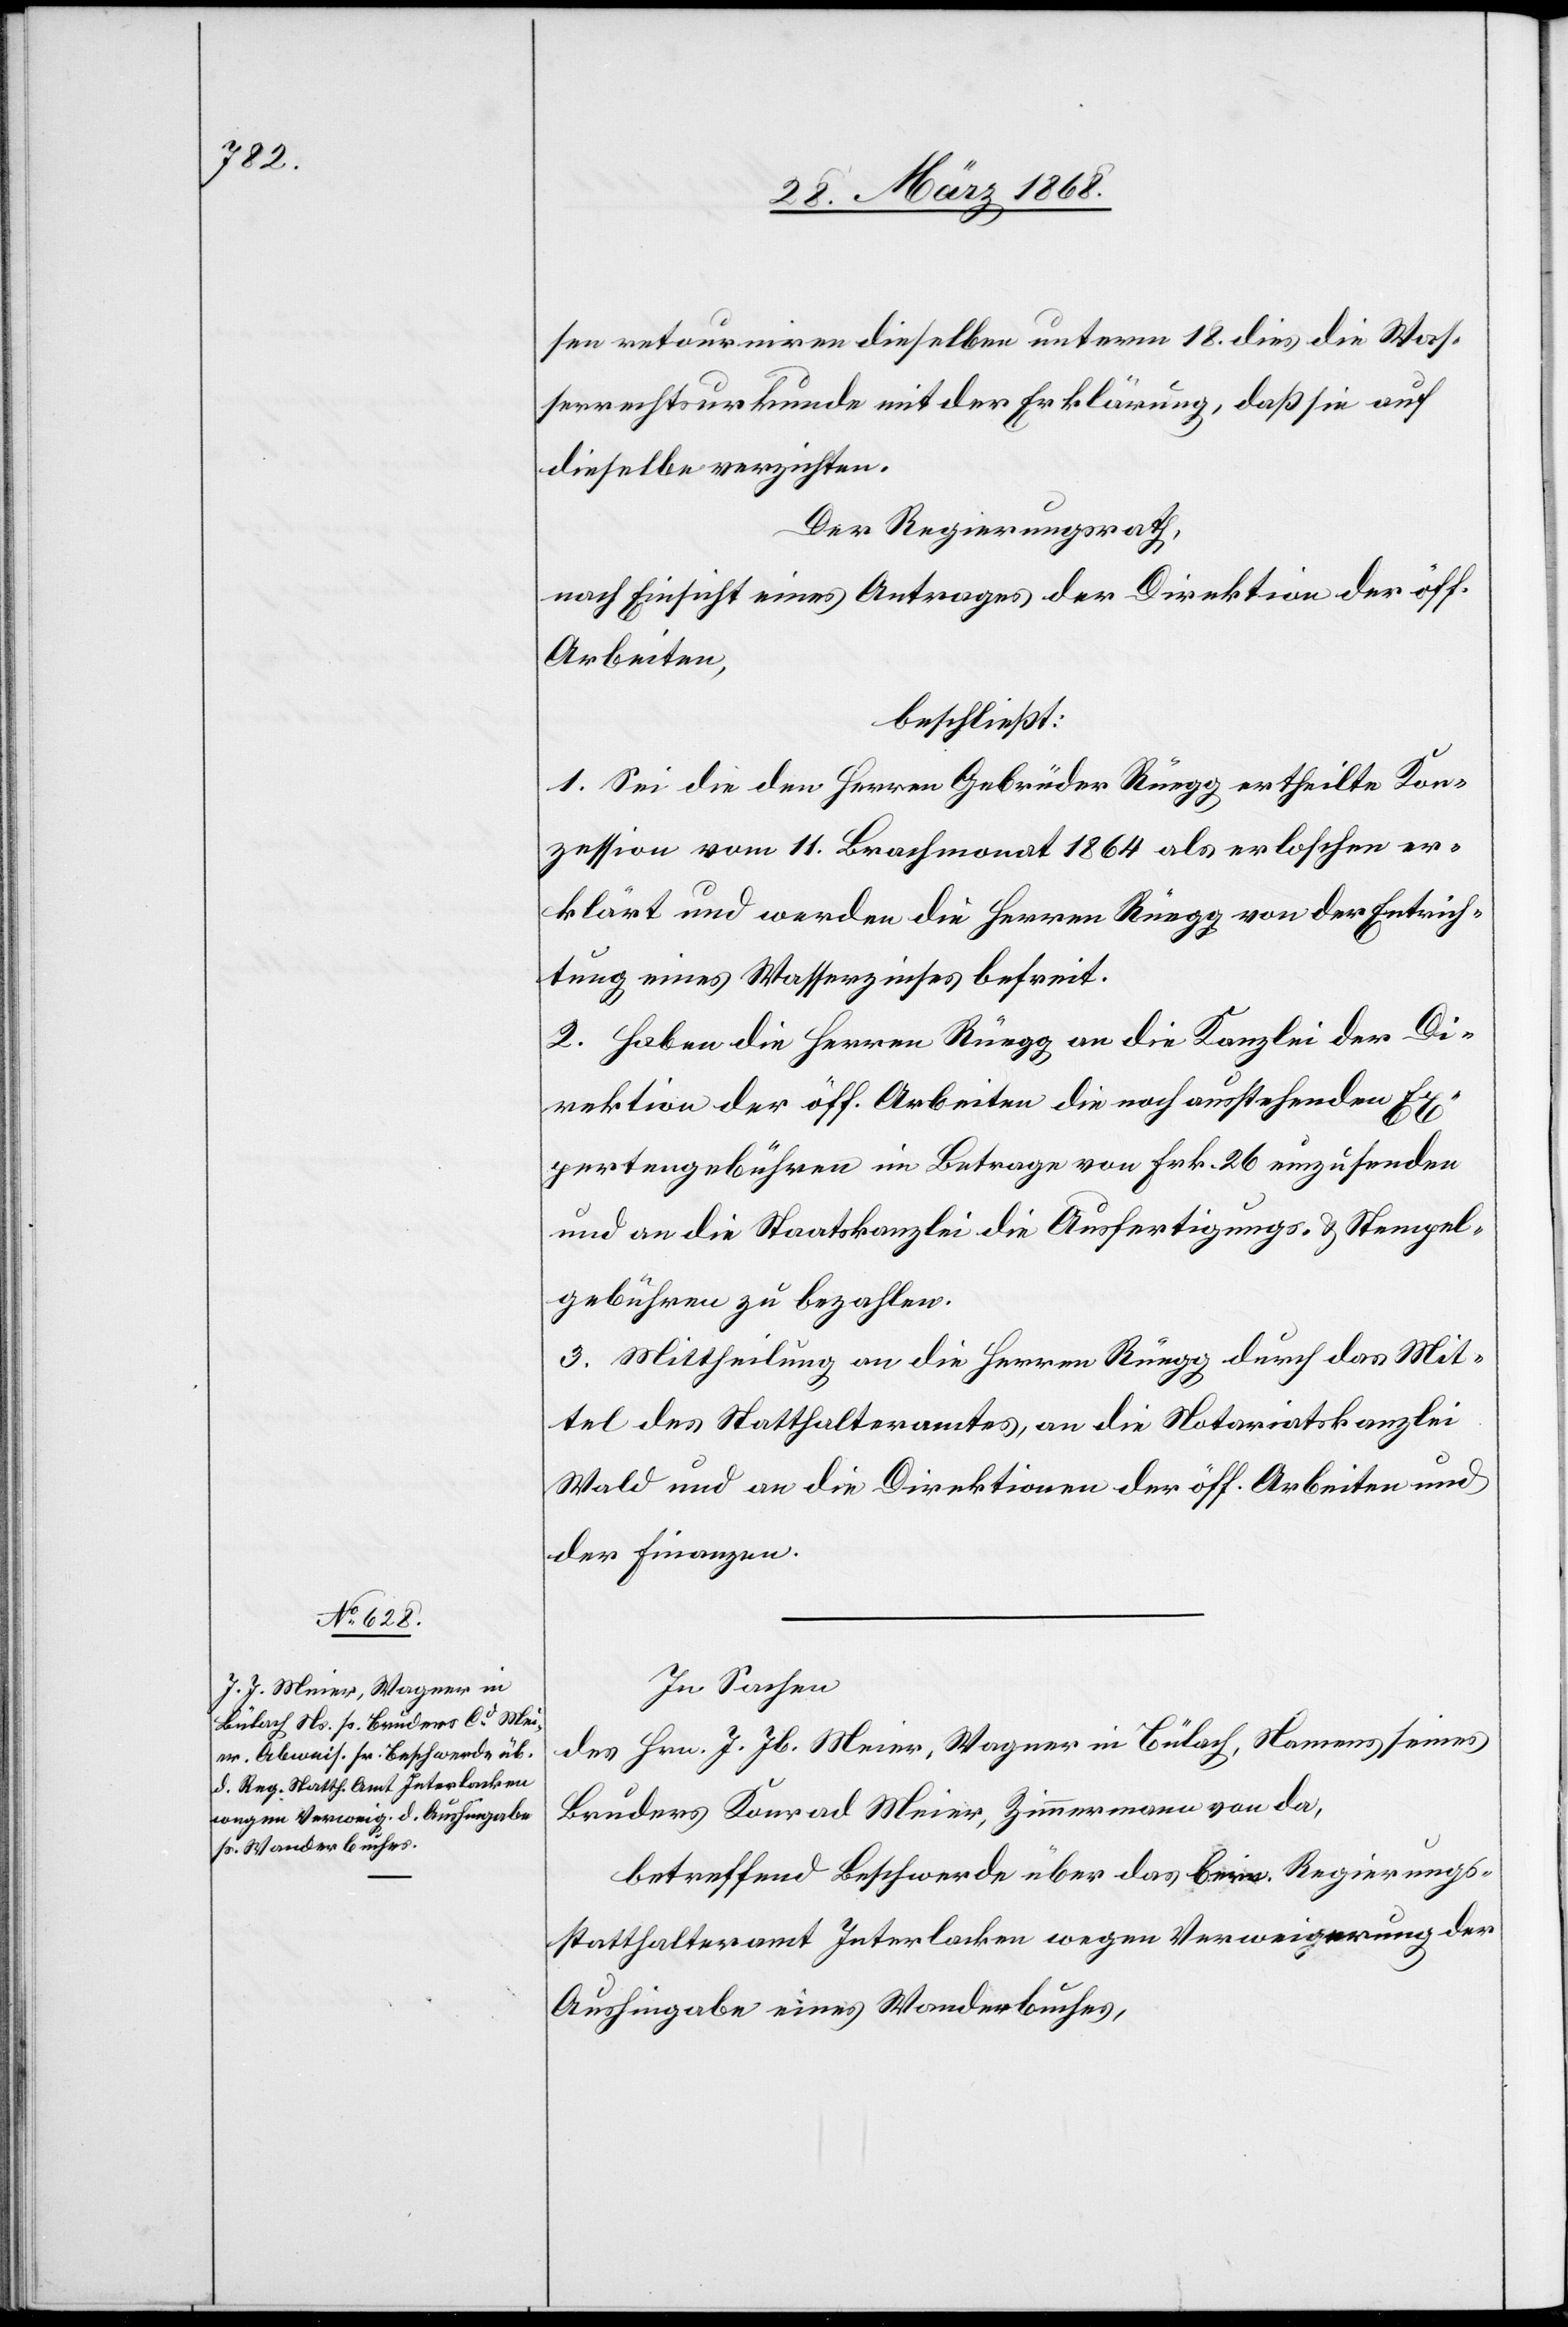
sen retourniren dieselben unterm 18. dies die Was¬
serrechtsurkunde mit der Erklärung, daß sie auf
dieselbe verzichten.
Der Regierungsrath,
nach Einsicht eines Antrages der Direktion der öff.
Arbeiten,
beschließt:
1. Sei die den Herren Gebrüder Rüegg ertheilte Kon¬
zession vom 11. Brachmonat 1864 als erloschen er¬
klärt und werden die Herren Rüegg von der Entrich¬
tung eines Wasserzinses befreit.
2. Haben die Herren Rüegg an die Kanzlei der Di¬
rektion der öff. Arbeiten die noch ausstehenden Ex¬
pertengebühren im Betrage von Frk. 26 einzusenden
und an die Staatskanzlei die Ausfertigungs- & Stempel¬
gebühren zu bezahlen.
3. Mittheilung an die Herren Rüegg durch das Mit¬
tel des Statthalteramtes, an die Notariatskanzlei
Wald und an die Direktionen der öff. Arbeiten und
der Finanzen.
In Sachen
des Hrn. J. Jb. Meier, Wagner in Bülach, Namens seines
Bruders Konrad Meier, Zimmermann von da,
betreffend Beschwerde über das bern. Regierungs¬
statthalteramt Interlacken wegen Verweigerung der
Aushingabe eines Wanderbuches,